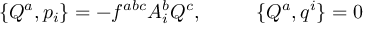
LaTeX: \{ Q ^ { a } , p _ { i } \} = - f ^ { a b c } A _ { i } ^ { b } Q ^ { c } , \ \ \ \ \ \ \ \ \{ Q ^ { a } , q ^ { i } \} = 0